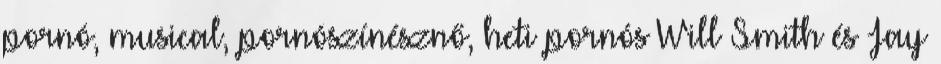
pornó, musical, pornószínésznő, heti pornós Will Smith és Jay